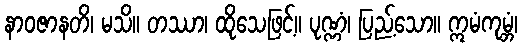
နာဝဇာနတိ၊ မသိ။ တဿာ၊ ထိုသေဖြင့်။ ပုဏ္ဏံ၊ ပြည့်သော။ ဣမံကုမ္ဘံ၊